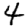
Digit: 4